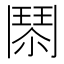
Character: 𩰐